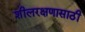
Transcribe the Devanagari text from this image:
शीलरक्षणासाठी